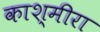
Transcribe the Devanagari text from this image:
काश्मीरा